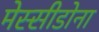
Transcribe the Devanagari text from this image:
मेस्सीडोना